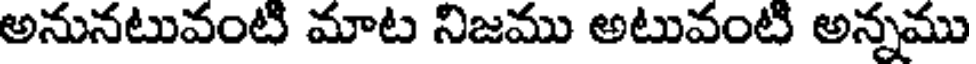
అనునటువంటి మాట నిజము అటువంటి అన్నము